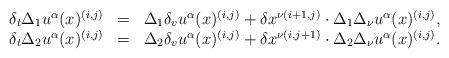
\begin{align*}\begin{array}{crl}\delta_t\Delta_1 u^\alpha (x)^{ (i,j)}&=&\Delta_1 \delta_vu^\alpha (x)^{ (i,j)}+\delta x^{\nu (i+1,j)}\cdot\Delta_1\Delta_\nu u^\alpha (x)^{ (i,j)},\\\delta_t\Delta_2 u^\alpha (x)^{ (i,j)}&=&\Delta_2 \delta_vu^\alpha (x)^{ (i,j)}+\delta x^{\nu (i,j+1)}\cdot\Delta_2\Delta_\nu u^\alpha (x)^{ (i,j)}.\\\end{array}\end{align*}